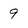
Character: 9